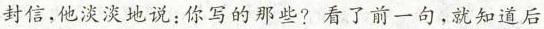
封信，他淡淡地说：你写的那些？看了前一句，就知道后